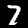
Digit: 7